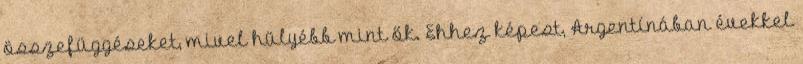
összefüggéseket, mivel hülyébb mint ők. Ehhez képest, Argentínában évekkel